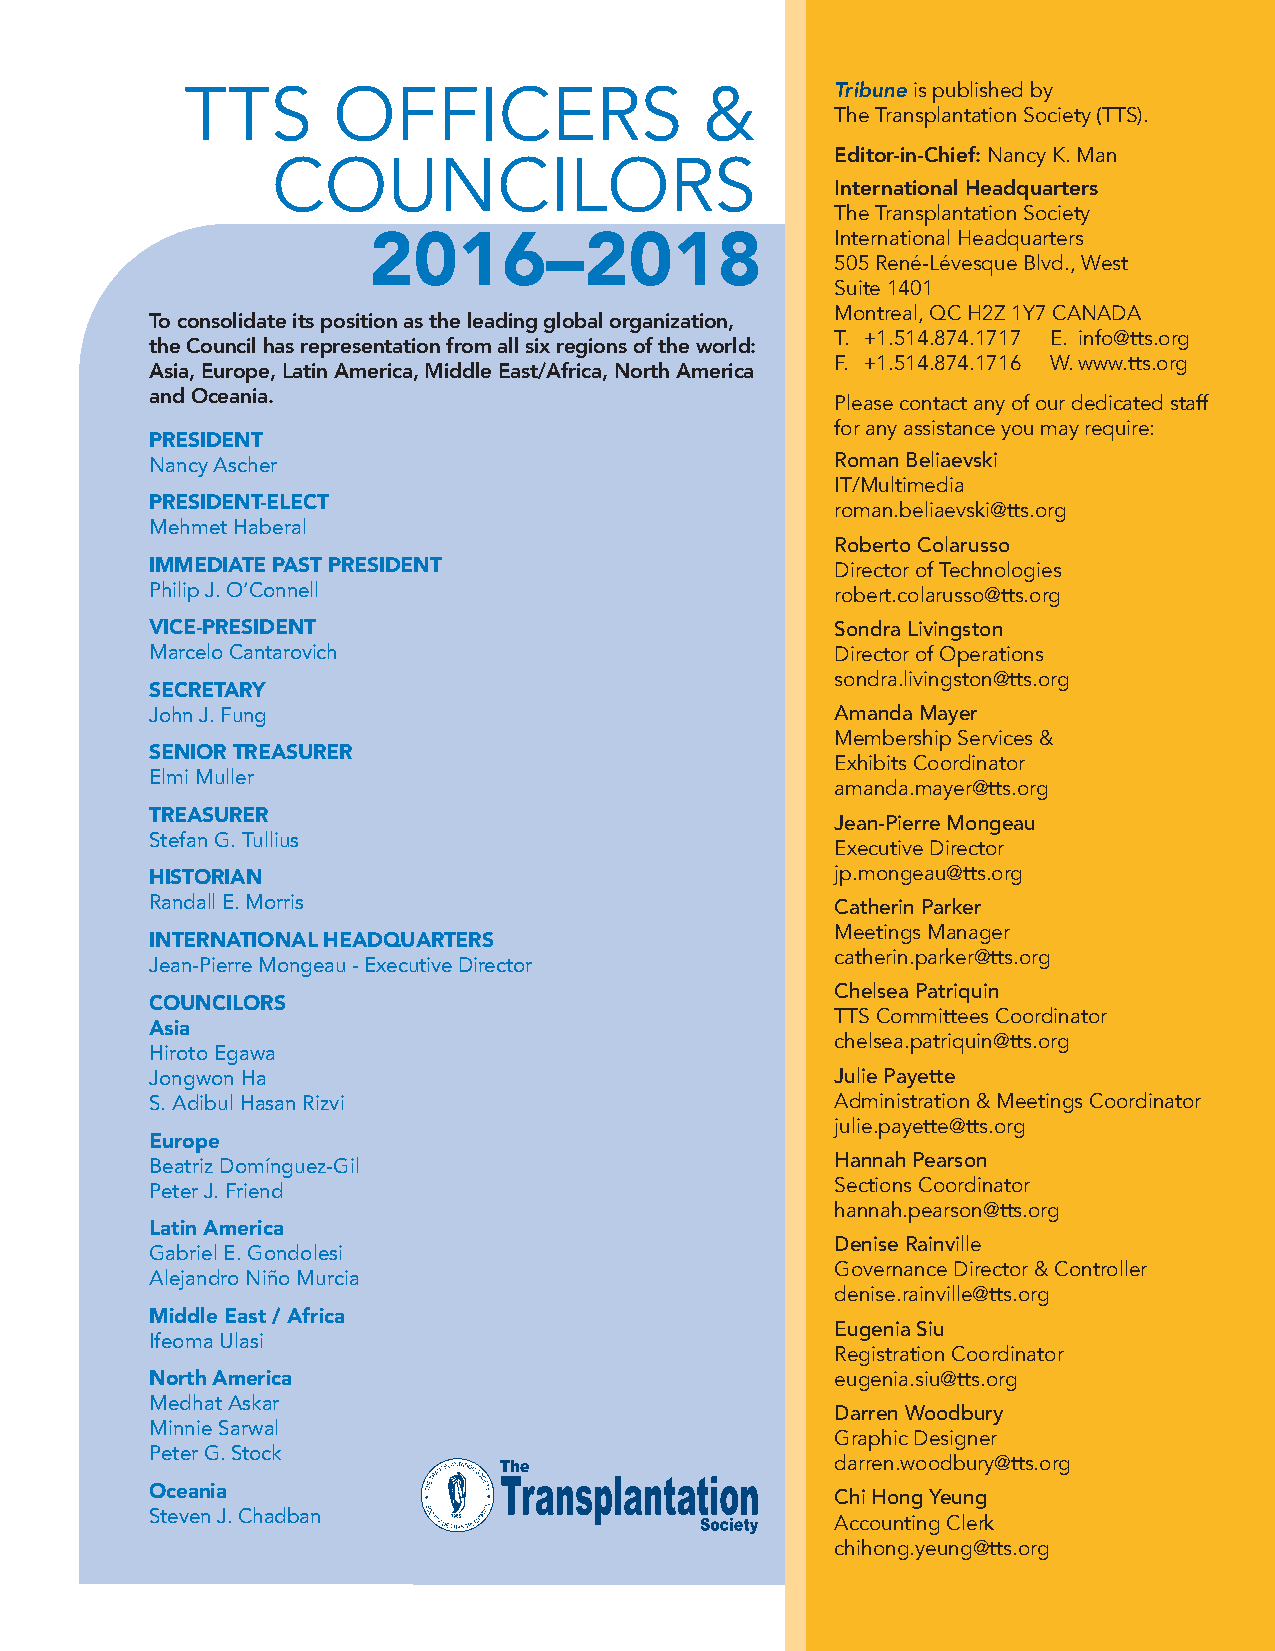
TTS       OFFICERS                 &       Tribuneis published by
 The Transplantation Society (TTS).
 Editor-in-Chief: Nancy K. Man
 COUNCILORS
 International Headquarters
 The Transplantation Society
 2016–2018                      International Headquarters
 505 René-Lévesque Blvd., West
 Suite 1401
 Montreal, QC H2Z 1Y7 CANADA
 To consolidate its position as the leading global organization,
 T. +1.514.874.1717 E. info@tts.org
 the Council has representation from all six regions of the world:
 F. +1.514.874.1716 W.www.tts.org
 Asia, Europe, Latin America, Middle East/Africa, North America
 and Oceania.
 Please contact any of our dedicated staff
 for any assistance you may require:
 PRESIDENT
 Nancy Ascher                                 Roman Beliaevski
 IT/Multimedia
 PRESIDENT-ELECT
 roman.beliaevski@tts.org
 Mehmet Haberal
 Roberto Colarusso
 IMMEDIATE PAST PRESIDENT                     Director of Technologies
 Philip J. O’Connell                          robert.colarusso@tts.org
 VICE-PRESIDENT                               Sondra Livingston
 Marcelo Cantarovich                          Director of Operations
 sondra.livingston@tts.org
 SECRETARY
 John J. Fung                                 Amanda Mayer
 Membership Services &
 SENIOR TREASURER
 Exhibits Coordinator
 Elmi Muller
 amanda.mayer@tts.org
 TREASURER
 Jean-Pierre Mongeau
 Stefan G. Tullius
 Executive Director
 HISTORIAN                                    jp.mongeau@tts.org
 Randall E. Morris                            Catherin Parker
 Meetings Manager
 INTERNATIONAL HEADQUARTERS
 catherin.parker@tts.org
 Jean-Pierre Mongeau - Executive Director
 Chelsea Patriquin
 COUNCILORS
 TTS Committees Coordinator
 Asia
 chelsea.patriquin@tts.org
 Hiroto Egawa
 Jongwon Ha                                   Julie Payette
 S. Adibul Hasan Rizvi                        Administration & Meetings Coordinator
 julie.payette@tts.org
 Europe
 Beatriz Domínguez-Gil                        Hannah Pearson
 Peter J. Friend                              Sections Coordinator
 hannah.pearson@tts.org
 Latin America
 Denise Rainville
 Gabriel E. Gondolesi
 Governance Director & Controller
 Alejandro Niño Murcia
 denise.rainville@tts.org
 Middle East / Africa
 Eugenia Siu
 Ifeoma Ulasi
 Registration Coordinator
 North America                                eugenia.siu@tts.org
 Medhat Askar
 Darren Woodbury
 Minnie Sarwal
 Graphic Designer
 Peter G. Stock
 darren.woodbury@tts.org
 Oceania
 Chi Hong Yeung
 Steven J. Chadban
 Accounting Clerk
 chihong.yeung@tts.org